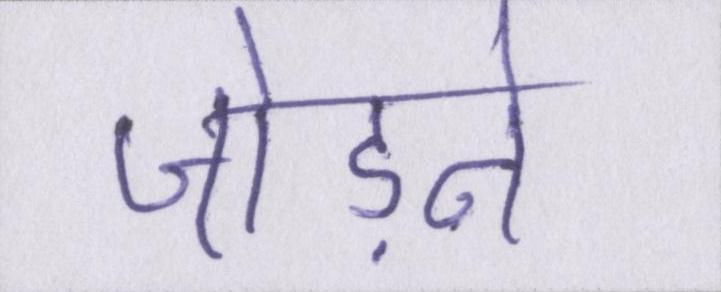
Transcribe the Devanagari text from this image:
जोड़ने